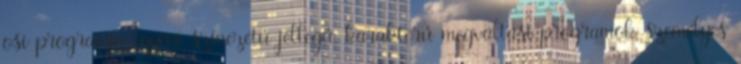
õsi programja egyéni színezetû jellegû, karakterû megváltási programok személyes